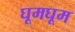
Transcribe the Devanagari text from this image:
घूमघूम